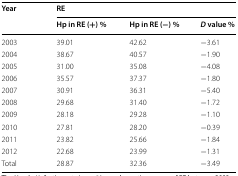
| <ROWSPAN=2> Year | <COLSPAN=3> RE |
 | Hp in RE (+) % | Hp in RE (−) % | D value % |
 | --- | --- | --- | --- |
 | 2003 | 39.01 | 42.62 | −3.61 |
 | 2004 | 38.67 | 40.57 | −1.90 |
 | 2005 | 31.00 | 35.08 | −4.08 |
 | 2006 | 35.57 | 37.37 | −1.80 |
 | 2007 | 30.91 | 36.31 | −5.40 |
 | 2008 | 29.68 | 31.40 | −1.72 |
 | 2009 | 28.18 | 29.28 | −1.10 |
 | 2010 | 27.81 | 28.20 | −0.39 |
 | 2011 | 23.82 | 25.66 | −1.84 |
 | 2012 | 22.68 | 23.99 | −1.31 |
 | Total | 28.87 | 32.36 | −3.49 |